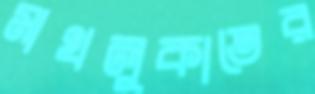
মাখলুকাতের